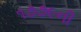
૧૭૭૯ની